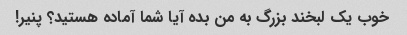
خوب یک لبخند بزرگ به من بده آیا شما آماده هستید؟ پنیر!